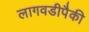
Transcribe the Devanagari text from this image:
लागवडीपैकी